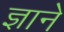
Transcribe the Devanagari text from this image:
ज्ञाने